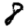
Digit: 8